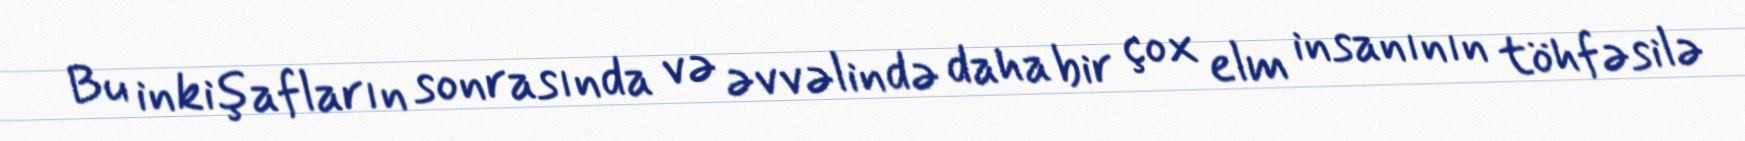
Bu inkişafların sonrasında və əvvəlində daha bir çox elm insanının töhfəsilə